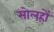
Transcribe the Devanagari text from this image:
सोलहों